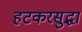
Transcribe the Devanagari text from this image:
हटकरसुद्धा